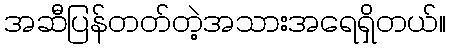
အဆီပြန်တတ်တဲ့အသားအရေရှိတယ်။